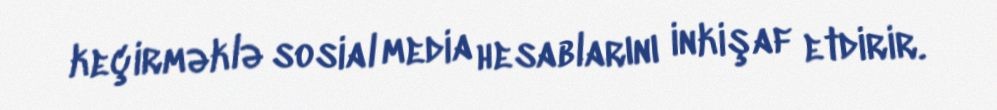
keçirməklə sosial media hesablarını inkişaf etdirir.